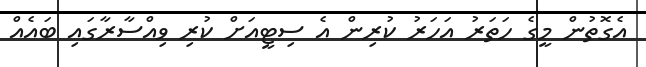
އެގޮތުން މީގެ ހަތަރު އަހަރު ކުރިން އެ ސިޓީއަށް ކުރި ވިއްސާރާގައި ބައެއް